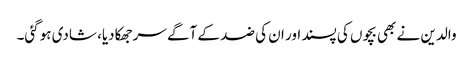
والدین نے بھی بچوں کی پسند اور ان کی ضد کے آگے سرجھکادیا، شادی ہوگئی۔